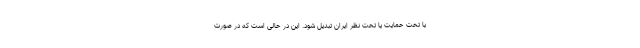
یا تحت حمایت یا تحت نظر ایران تبدیل شود. این در حالی است که در صورت